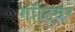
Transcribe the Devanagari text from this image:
गॉटियर